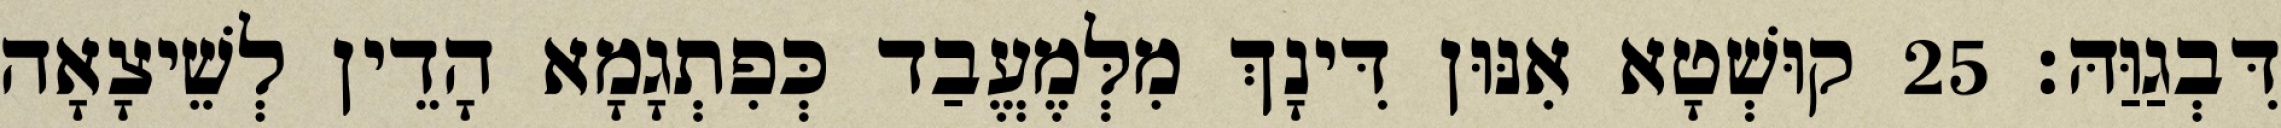
דִּבְגַוַּהּ׃ 25 קוּשְׁטָא אִנּוּן דִּינָךְ מִלְּמֶעֱבַד כְּפִתְגָמָא הָדֵין לְשֵׁיצָאָה